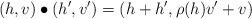
LaTeX: \begin{align*}(h,v) \bullet (h',v') = (h+h', \rho(h)v' + v) \end{align*}